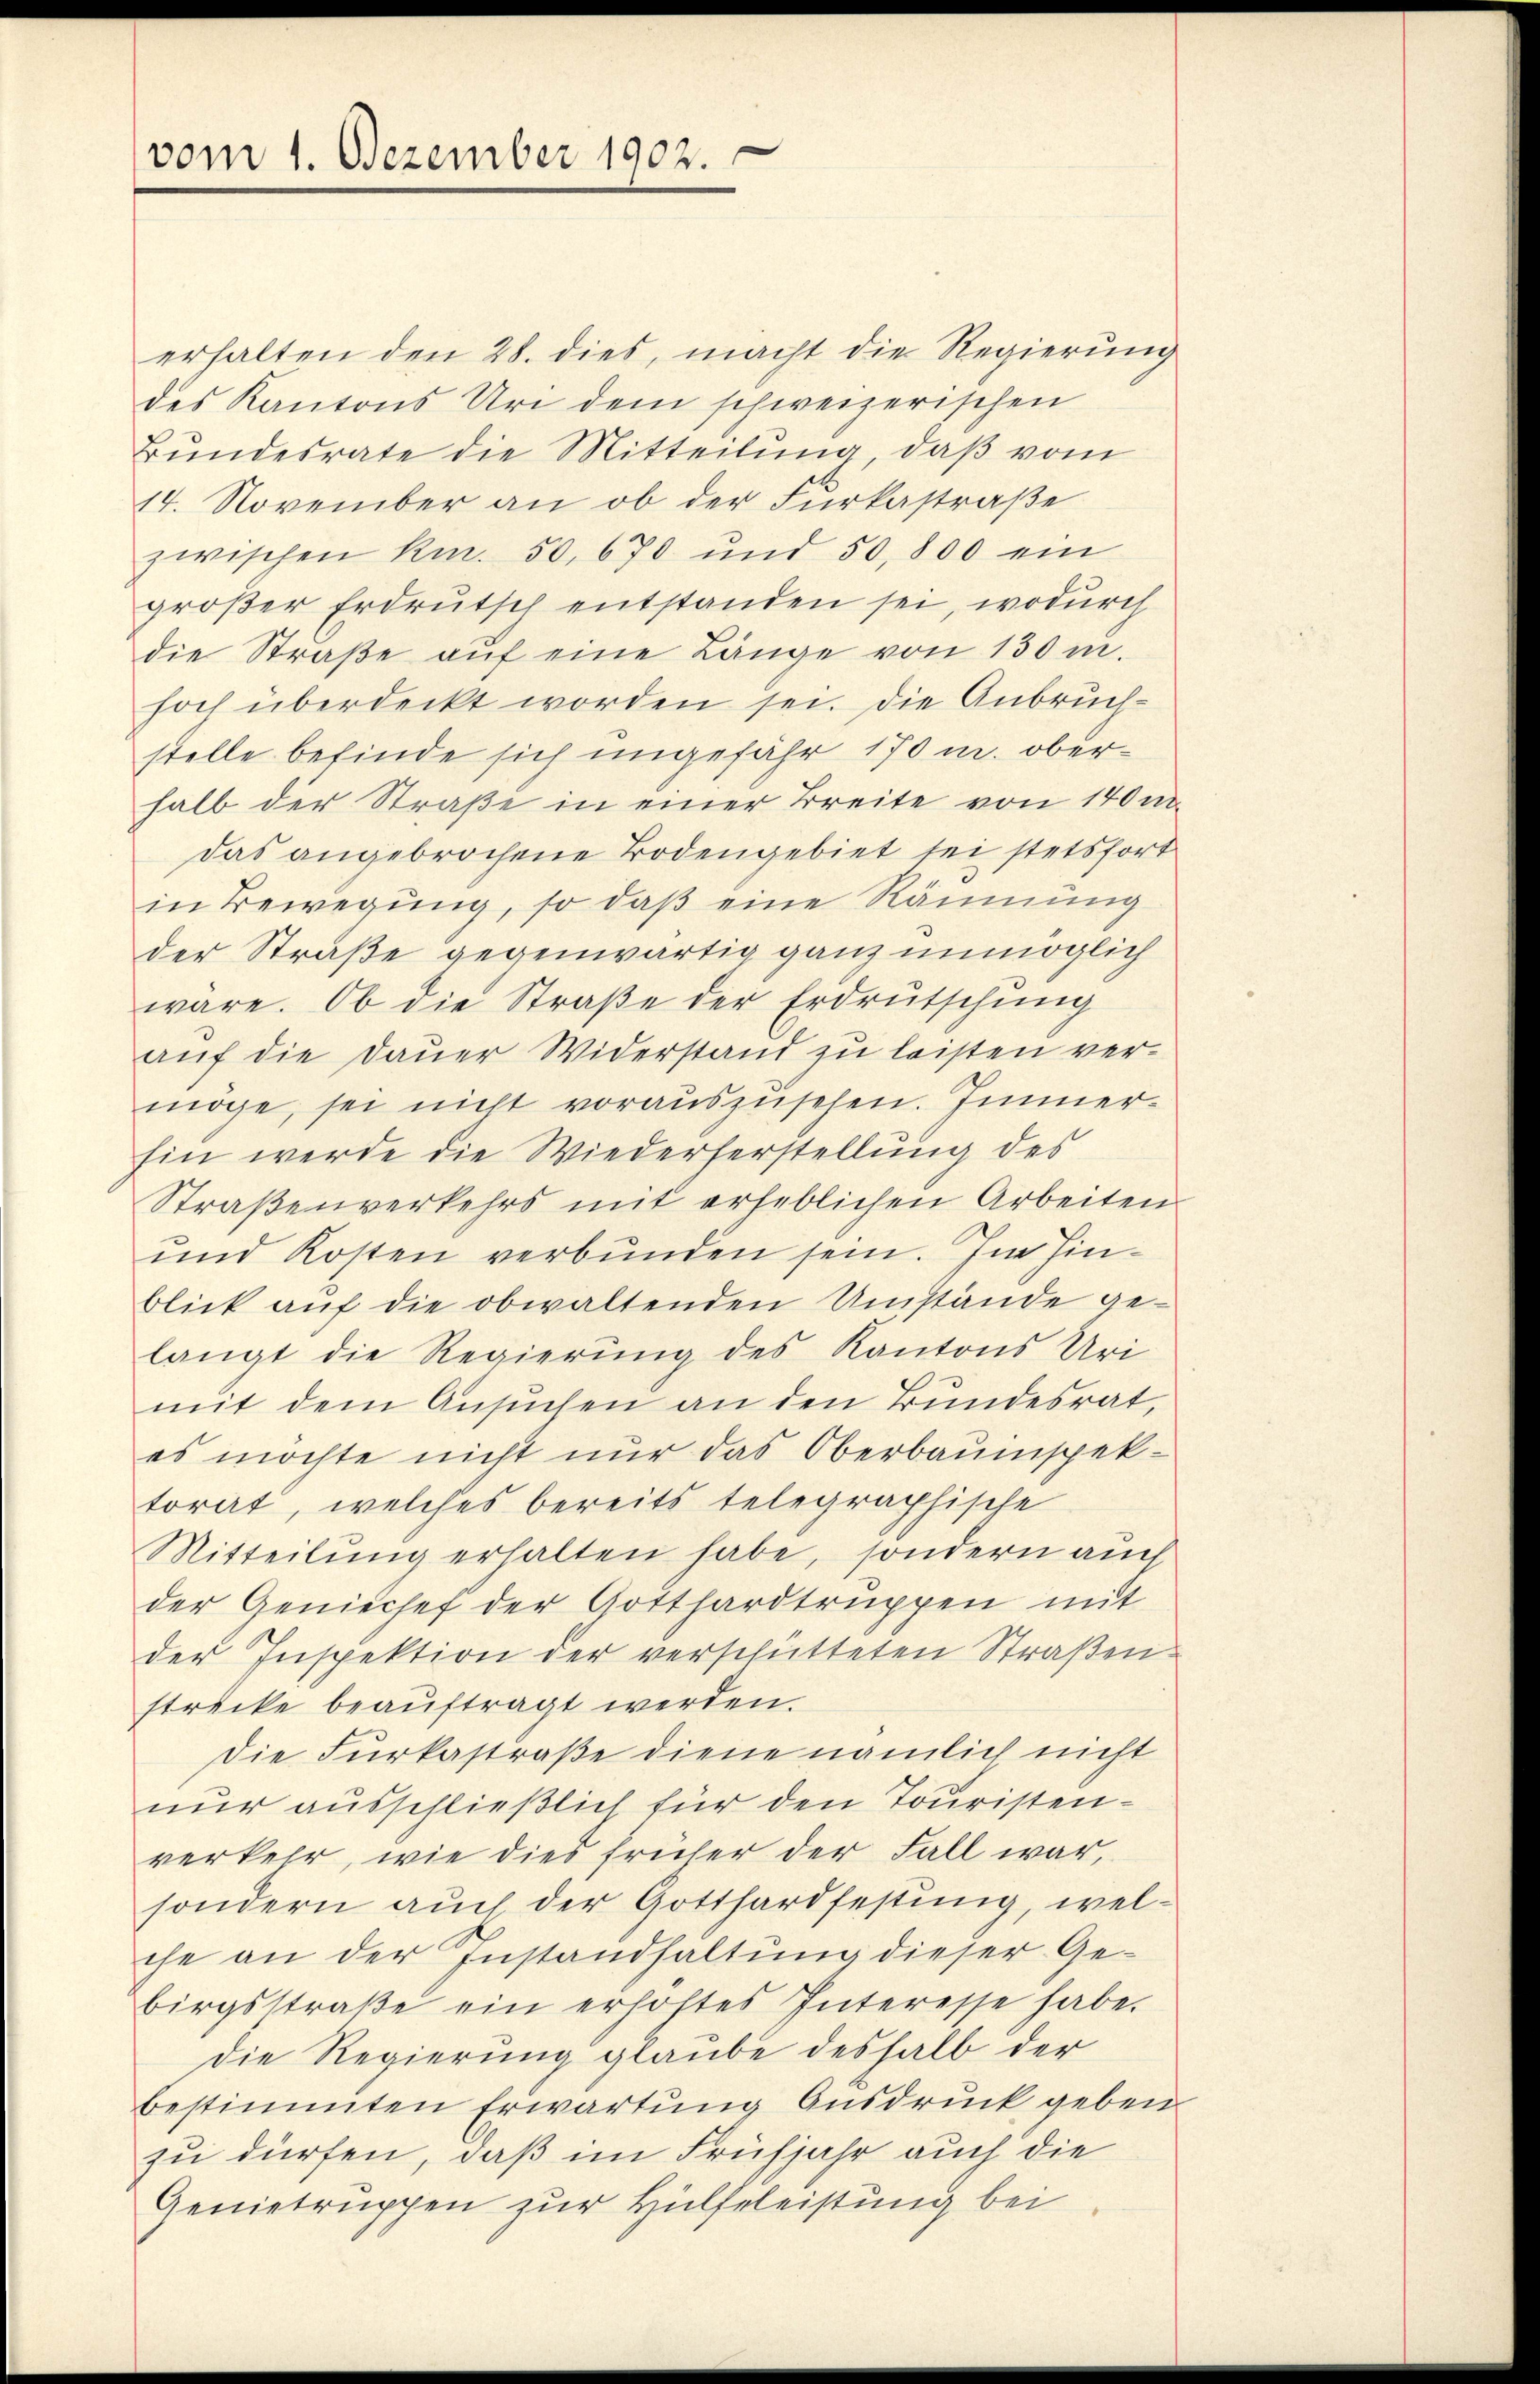
vom 1. Dezember 1902.

erhalten den 28. dies, macht die Regierŭng
des Kantons Uri dem schweizerischen
Bundesrate die Mitteilung, daß vom
14. November an ob der Furkastraße
zwischen Kr. 50. 670 und 50,800 ein
großer Erdrutsch entstanden sei, wodurch
die Straβe aŭf eine Länge von 130 m.
hoch überdeckt worden sei. Die Anbruchstelle befinde sich ungefähr 170 u. oberhalb der Straße in einer Breite von 140 m
das angebrochene Bodengebiet sei stetsfort
in Bewegung, so daß eine Räumung
der Straße gegenwärtig ganz unmöglich
wäre. Ob die Straβe der Erdrŭtschung
auf die Dauer Widerstand zu leisten vermöge, sei nicht vorauszusehen. Immer¬
Ein werde die Wiederherstellung des
Straßenverkehrs mit erheblichen Arbeiten
und Kosten verbunden sein. Im Hinblick aŭf die obwaltenden Umstände ge-
langt die Regierung des Kantons Uri
mit dem Ansuchen an den Bundesrat,
es möchte nicht nur das Oberbauinspektorat, welches bereits telegraphische
Mitteilŭng erhalten habe, sondern auch
der Geniechef der Gotthardtruppen mit
der Inspektion der verschütteten Straßen
strecke beaŭftragt werden.
Die Furkastraße diene nämlich nicht
nur ausschließlich für den Touristenverkehr, wie dies früher der Fall war,
sondern auch der Gotthardfestung, welche an der Instandhaltung dieser Ge-
birgsstraβe ein erhöftes Interesse habe.
die Regierung glaube deshalb der
bestimmten Erwartung Ausdruck geben
zu dürfen, daß im Frühjahr auch die
Genietruppen zur Hülfeleistung bei